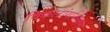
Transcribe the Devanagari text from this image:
विकलांगशिक्षण